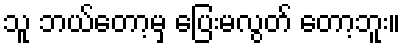
သူ ဘယ်တော့မှ ပြေးမလွတ် တော့ဘူး။